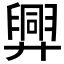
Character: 𢍯